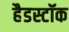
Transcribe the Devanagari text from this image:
हैडस्टॉक